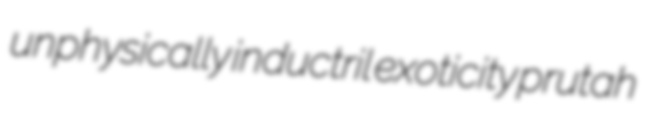
unphysically inductril exoticity prutah